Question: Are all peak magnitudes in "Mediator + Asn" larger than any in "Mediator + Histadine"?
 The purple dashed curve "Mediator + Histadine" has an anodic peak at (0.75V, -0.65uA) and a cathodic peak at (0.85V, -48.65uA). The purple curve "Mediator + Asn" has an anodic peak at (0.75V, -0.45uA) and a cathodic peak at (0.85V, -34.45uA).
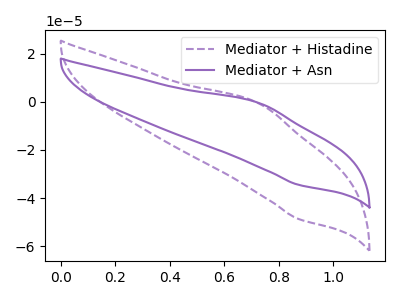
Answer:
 <answer>The peaks in "Mediator + Asn" are neither all higher or all lower than the peaks in "Mediator + Histadine".</answer>
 <eval>mixed</eval>